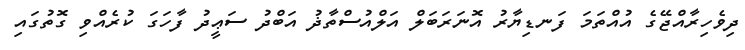
ދިވެހިރާއްޖޭގެ އުއްތަމަ ފަނޑިޔާރު އޮނަރަބަލް އަލްއުސްތާޛު އަބްދު ސަޢީދު ފާހަގަ ކުރެއްވި ގޮތުގައި